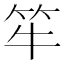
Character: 𱷴